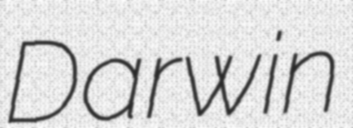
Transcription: Darwin